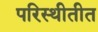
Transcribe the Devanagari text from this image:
परिस्थीतीत